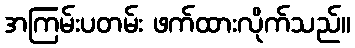
အကြမ်းပတမ်း ဖက်ထားလိုက်သည်။